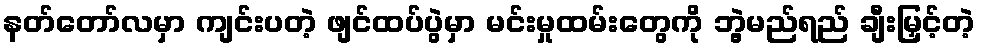
နတ်တော်လမှာ ကျင်းပတဲ့ ဖျင်ထပ်ပွဲမှာ မင်းမှုထမ်းတွေကို ဘွဲ့မည်ရည် ချီးမြှင့်တဲ့